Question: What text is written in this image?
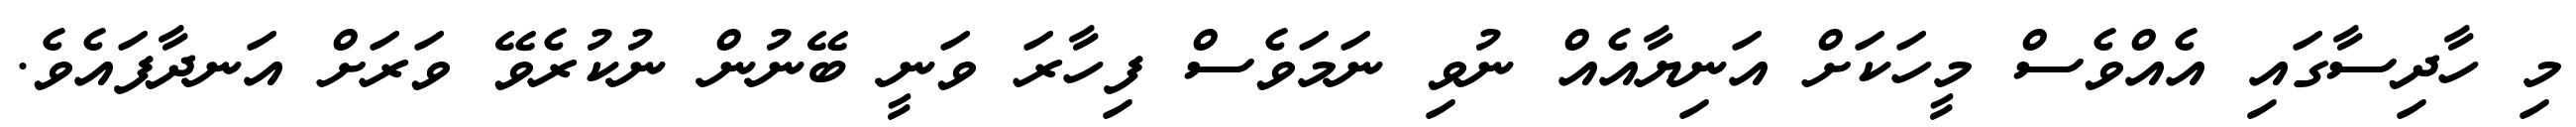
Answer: މި ހާދިސާގައި އެއްވެސް މީހަކަށް އަނިޔާއެއް ނުވި ނަމަވެސް ފިހާރަ ވަނީ ބޭނުން ނުކުރެވޭ ވަރަށް އަނދާފައެވެ.